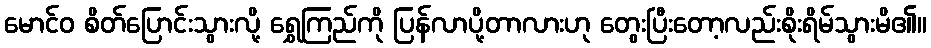
မောင်ဝ စိတ်ပြောင်းသွားလို့ ရွှေကြည်ကို ပြန်လာပို့တာလားဟု တွေးပြီးတော့လည်းစိုးရိမ်သွားမိ၏။